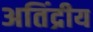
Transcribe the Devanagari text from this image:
अतिंद्रीय